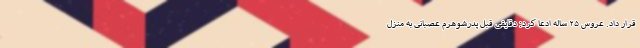
قرار داد. عروس ۲۵ ساله ادعا کرد: دقایقی قبل پدرشوهرم عصبانی به منزل